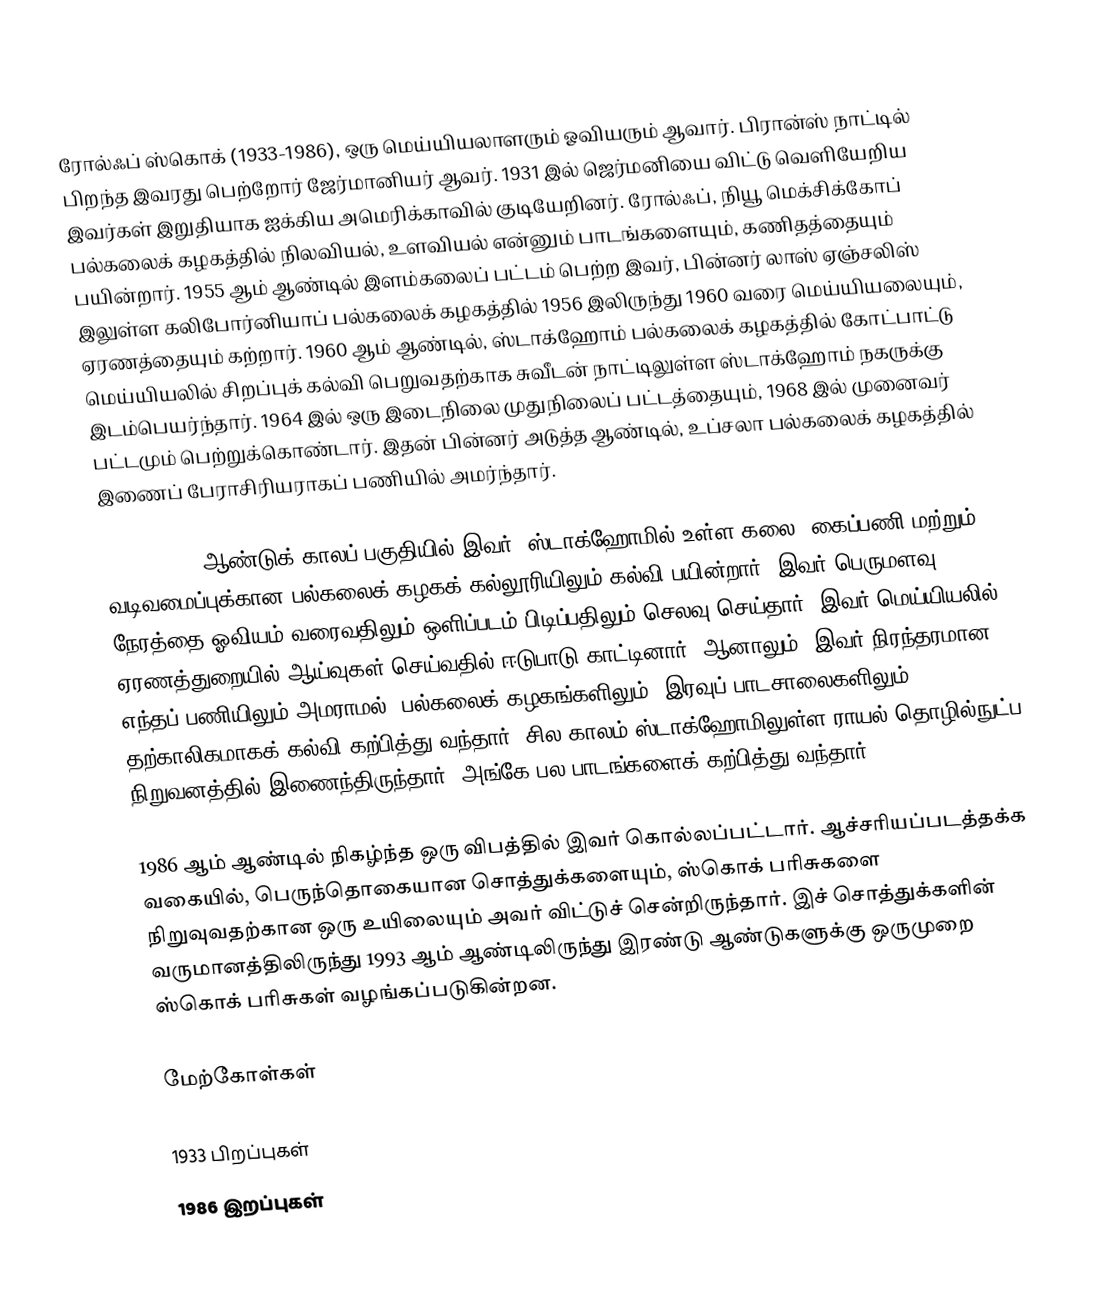
ரோல்ஃப் ஸ்கொக் (1933-1986), ஒரு மெய்யியலாளரும் ஓவியரும் ஆவார். பிரான்ஸ் நாட்டில் பிறந்த இவரது பெற்றோர் ஜேர்மானியர் ஆவர். 1931 இல் ஜெர்மனியை விட்டு வெளியேறிய இவர்கள் இறுதியாக ஐக்கிய அமெரிக்காவில் குடியேறினர். ரோல்ஃப், நியூ மெக்சிக்கோப் பல்கலைக் கழகத்தில் நிலவியல், உளவியல் என்னும் பாடங்களையும், கணிதத்தையும் பயின்றார். 1955 ஆம் ஆண்டில் இளம்கலைப் பட்டம் பெற்ற இவர், பின்னர் லாஸ் ஏஞ்சலிஸ் இலுள்ள கலிபோர்னியாப் பல்கலைக் கழகத்தில் 1956 இலிருந்து 1960 வரை மெய்யியலையும், ஏரணத்தையும் கற்றார். 1960 ஆம் ஆண்டில், ஸ்டாக்ஹோம் பல்கலைக் கழகத்தில் கோட்பாட்டு மெய்யியலில் சிறப்புக் கல்வி பெறுவதற்காக சுவீடன் நாட்டிலுள்ள ஸ்டாக்ஹோம் நகருக்கு இடம்பெயர்ந்தார். 1964 இல் ஒரு இடைநிலை முதுநிலைப் பட்டத்தையும், 1968 இல் முனைவர் பட்டமும் பெற்றுக்கொண்டார். இதன் பின்னர் அடுத்த ஆண்டில், உப்சலா பல்கலைக் கழகத்தில் இணைப் பேராசிரியராகப் பணியில் அமர்ந்தார்.

1964 - 1969 ஆண்டுக் காலப் பகுதியில் இவர், ஸ்டாக்ஹோமில் உள்ள கலை, கைப்பணி மற்றும் வடிவமைப்புக்கான பல்கலைக் கழகக் கல்லூரியிலும் கல்வி பயின்றார். இவர் பெருமளவு நேரத்தை ஓவியம் வரைவதிலும்,ஒளிப்படம் பிடிப்பதிலும் செலவு செய்தார். இவர் மெய்யியலில் ஏரணத்துறையில் ஆய்வுகள் செய்வதில் ஈடுபாடு காட்டினார். ஆனாலும், இவர் நிரந்தரமான எந்தப் பணியிலும் அமராமல், பல்கலைக் கழகங்களிலும், இரவுப் பாடசாலைகளிலும் தற்காலிகமாகக் கல்வி கற்பித்து வந்தார். சில காலம் ஸ்டாக்ஹோமிலுள்ள ராயல் தொழில்நுட்ப நிறுவனத்தில் இணைந்திருந்தார். அங்கே பல பாடங்களைக் கற்பித்து வந்தார்.

1986 ஆம் ஆண்டில் நிகழ்ந்த ஒரு விபத்தில் இவர் கொல்லப்பட்டார். ஆச்சரியப்படத்தக்க வகையில், பெருந்தொகையான சொத்துக்களையும், ஸ்கொக் பரிசுகளை நிறுவுவதற்கான ஒரு உயிலையும் அவர் விட்டுச் சென்றிருந்தார். இச் சொத்துக்களின் வருமானத்திலிருந்து 1993 ஆம் ஆண்டிலிருந்து இரண்டு ஆண்டுகளுக்கு ஒருமுறை ஸ்கொக் பரிசுகள் வழங்கப்படுகின்றன.

மேற்கோள்கள்

1933 பிறப்புகள்
1986 இறப்புகள்